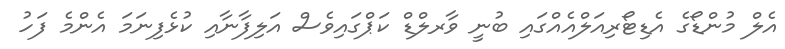
އެލް މުންޑޯގެ އެޑިޓޯރިއަލްއެއްގައި ބުނީ ވާރލްޑް ކަޕްގައިވެސް އަލިފާނާއި ކުޅެފިނަމަ އެންމެ ފަހު